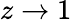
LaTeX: z\rightarrow 1